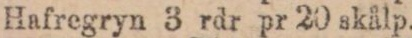
Hafregryn 3 rdr pr 20 skålp.